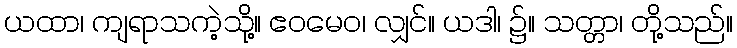
ယထာ၊ ကျရာသကဲ့သို့။ ဧဝမေဝ၊ လျှင်။ ယဒါ၊ ၌။ သတ္တာ၊ တို့သည်။